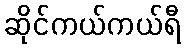
ဆိုင်ကယ်ကယ်ရီ